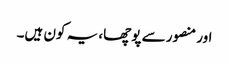
اور منصور سے پوچھا، یہ کون ہیں۔